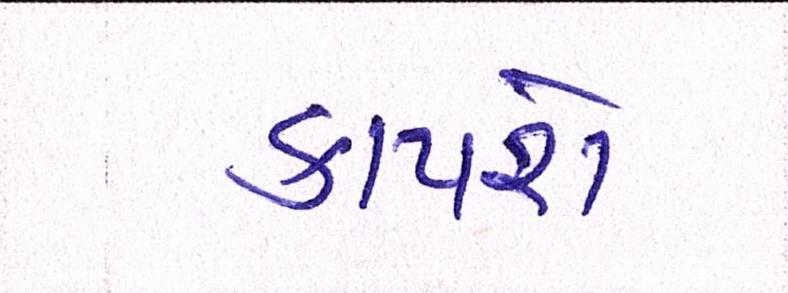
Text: કાપશે